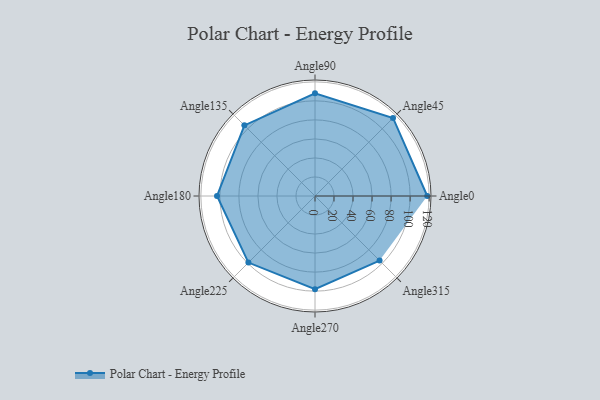
{"axis": {"x": "Angle", "y": "Radius"}, "legend": [""], "data": [{"x": "Angle0", "y": 118.0, "type": ""}, {"x": "Angle45", "y": 116.0, "type": ""}, {"x": "Angle90", "y": 108.0, "type": ""}, {"x": "Angle135", "y": 105.0, "type": ""}, {"x": "Angle180", "y": 103.0, "type": ""}, {"x": "Angle225", "y": 99.0, "type": ""}, {"x": "Angle270", "y": 98.0, "type": ""}, {"x": "Angle315", "y": 96.0, "type": ""}]}